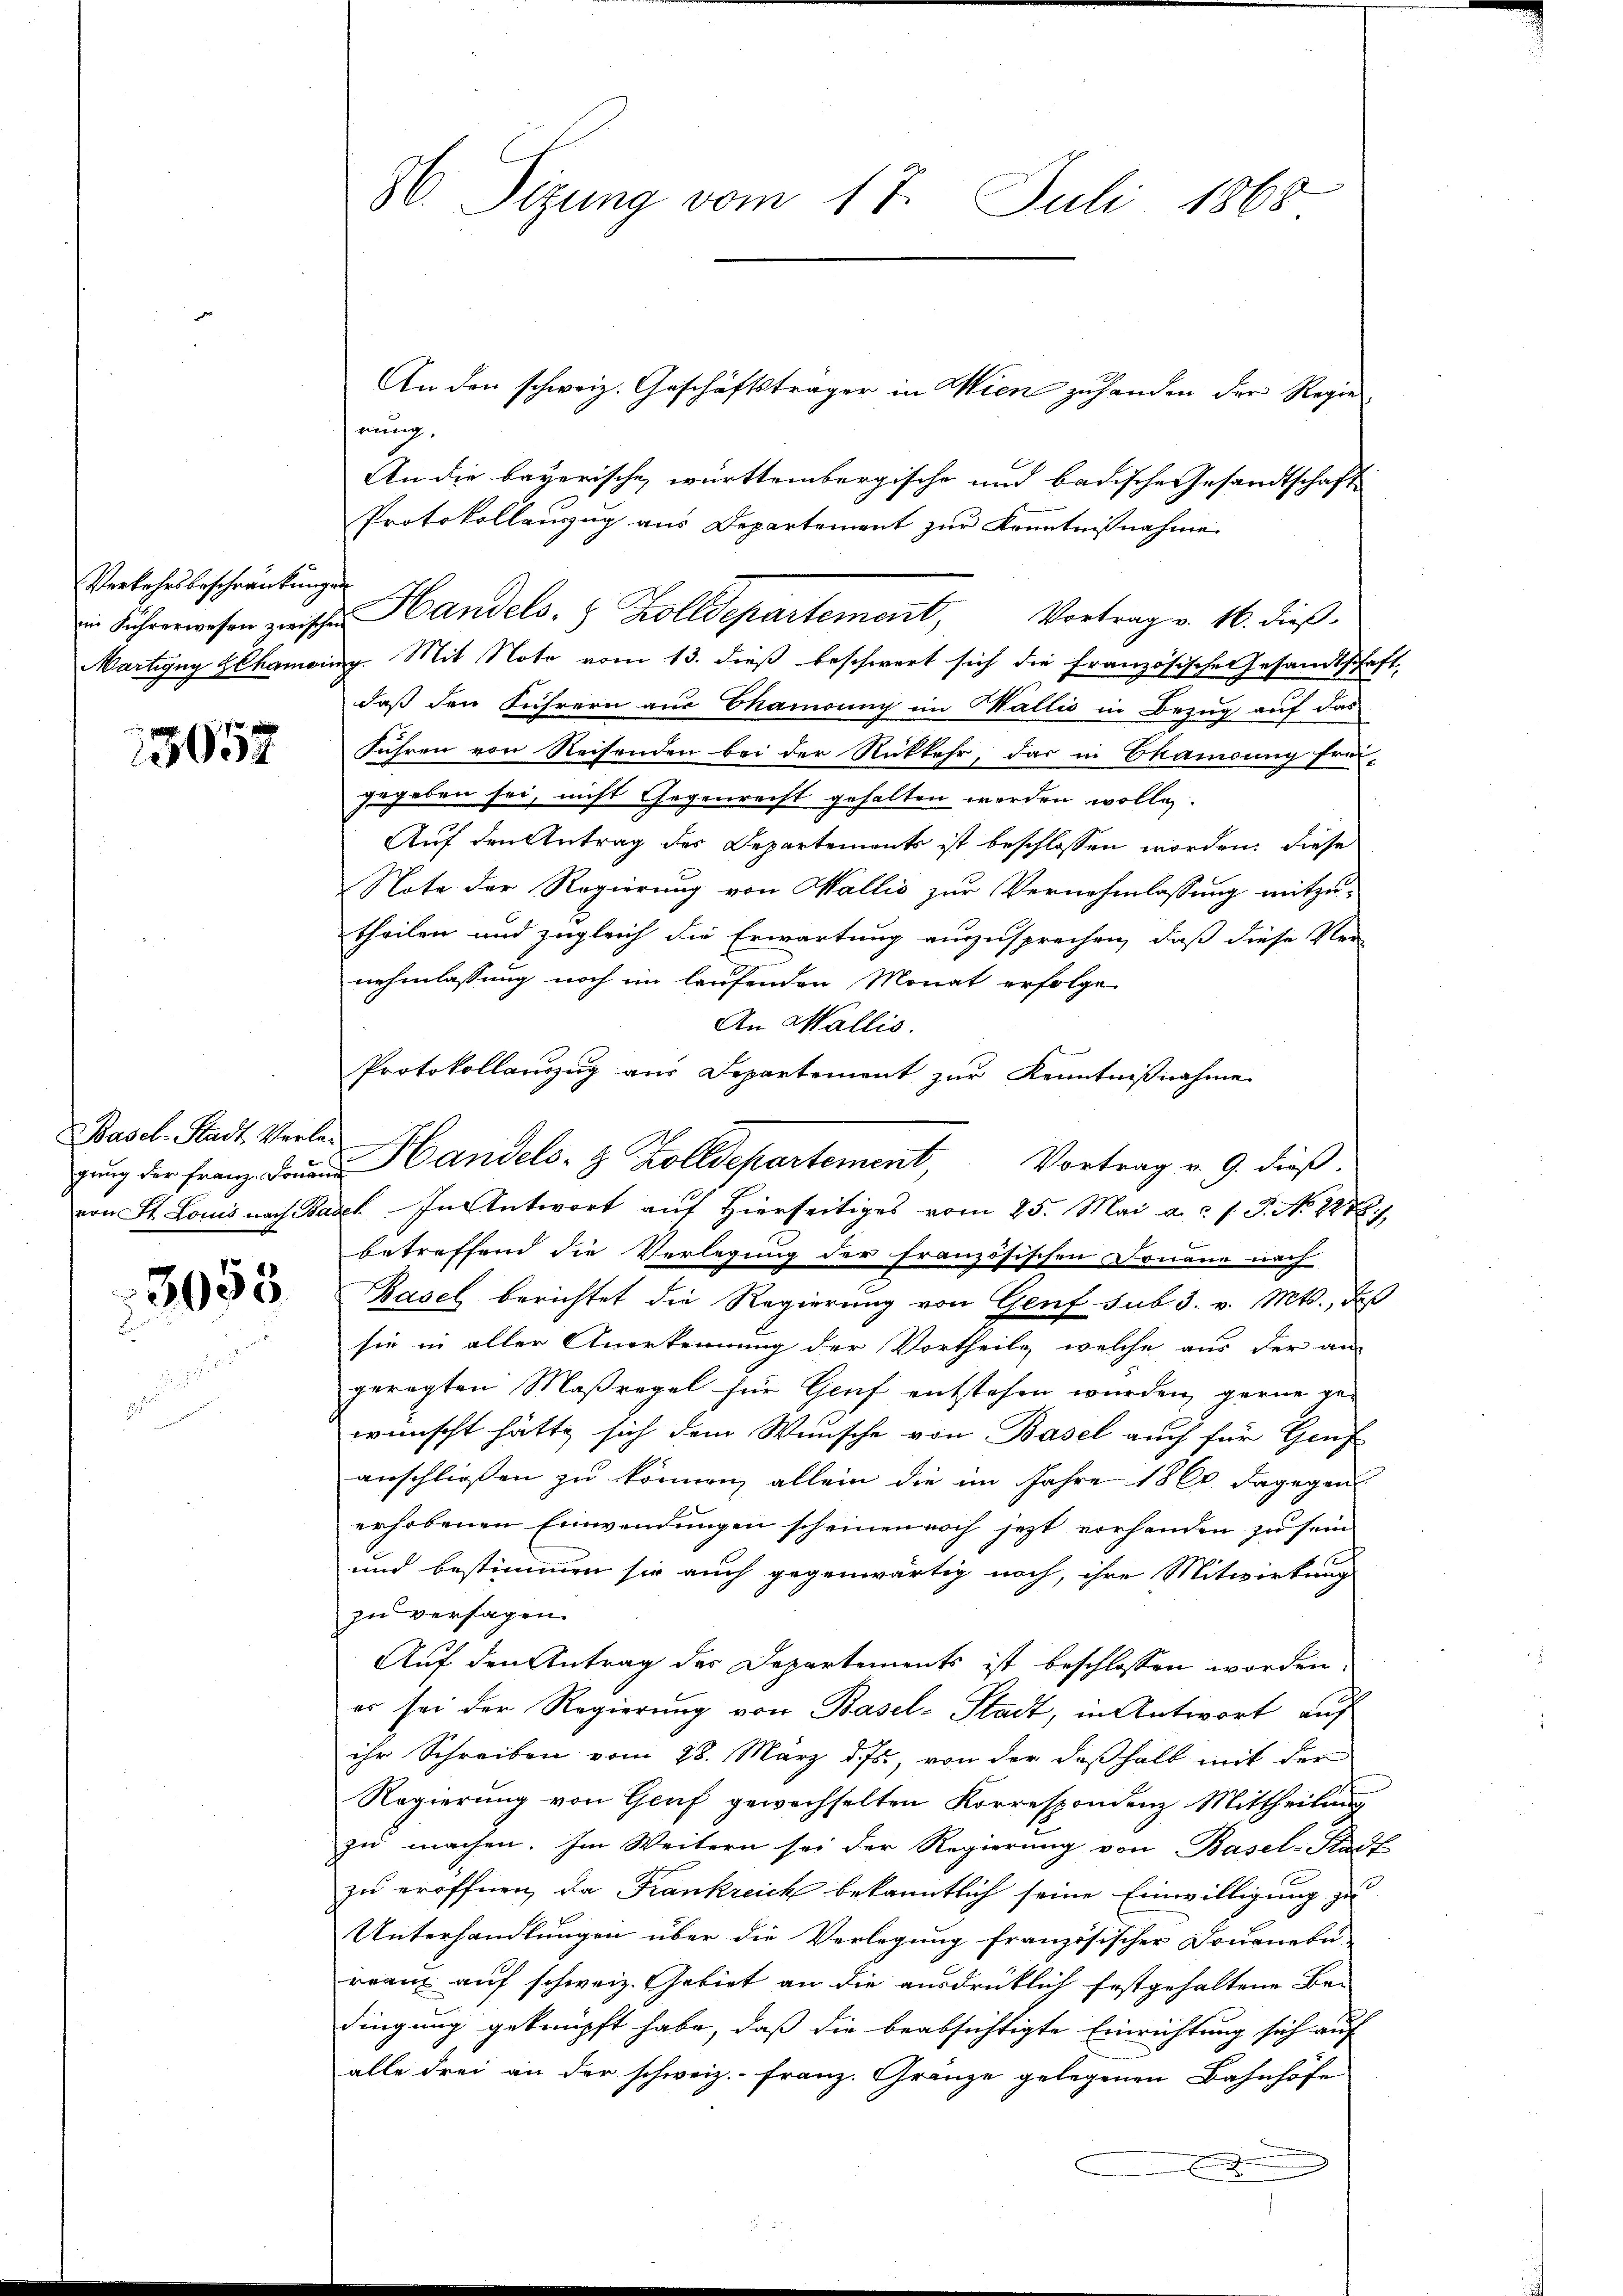
Verkehrsbeschränkungen

3057

Basel-Stadt, Verled

3053

H. Sitzung vom 17. Juli 1868

An den schweiz. Geschäftsträger in Wien zuhanden der Regienung,
An die bayerische württembergische und badische Gesandtschaft
Protokollenzug aus Departement zur Kenntnißnahme
Martigny Hlhamoing. Mit Noto vom 13. dieß beschwert sich die Französische Gesandtschaft,
daß den Führern aus Ekamouny im Wallis in Bezug auf das
Führen von Reisenden bei der Rückkehr, das in Ekamdung frei-
gegeben sei, nicht Gegenrecht gehalten werden wolle.
Auf den Antrag des Departements ist beschlossen worden, diese
Note der Regierung von Wallis zur Vernehmlassung mitzutheilen und zugleich die Erwartung auszusprechen, daß diese Ver-
nehmlassung noch im laufenden Monat erfolge
An Wallis.
Protokollauszug aus Departement zur Kenntnißnahme
gŭng der Franz der Handels- & Zolldepartement, Vortrag v. 9. dieß.
von St. Louis nach Basel In Antwort auf Hierseitiges vom 25. Mai a. f. J. No 2238.
betreffend die Verlegung der französischen Donaue nach
Basel berichtet die Regierung von Genf sub 3. v. Mts., das
sie in aller Anerkennung der Vortheile, welche aus der an-
geregten Maßregel für Genf entstehen wurden, gerne ge-
wünscht hätte sich dem Wunsche von Basel auch für Genf
anschließen zu können, allein die im Jahre 1860 dagegen
erhobenen Einwendungen scheinen noch jetzt vorhanden zu sein
und bestimmen sie auch gegenwärtig noch, ihre Mitwirkung
zu versagen.
Auf den Antrag des Departements ist beschlossen worden,
es sei der Regierung von Basel-Stadt, in Antwort auf
ihr Schreiben vom 28. März d. Js., von der deßhalb mit der
Regierung von Genf gewechselten Korrespondenz Mittheilung
zu machen. Im Weitern sei der Regierung von Basel-Stadt
zu eröffnen, da Frankreich bekanntlich seine Einwilligung zu
Unterhandlungen über die Verlegung französischer Douanebu-
rranz auf schweiz. Gebiet an die ausdrücklich festgehaltene Bedingung geknüpft habe, daß die beabsichtigte Einrichtung sich auf
alle drei an der schweiz.- Franz. Gränze gelegenen Bahnhöfe

n Führerwesen zwische Handels- & Zolldepartement, Vortrag v. 16. dieß